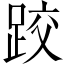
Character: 跤